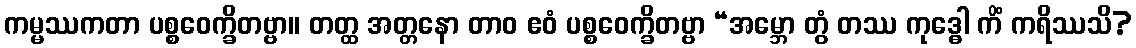
ကမ္မဿကတာ ပစ္စဝေက္ခိတဗ္ဗာ။ တတ္ထ အတ္တနော တာဝ ဧဝံ ပစ္စဝေက္ခိတဗ္ဗာ “အမ္ဘော တွံ တဿ ကုဒ္ဓေါ ကိံ ကရိဿသိ?